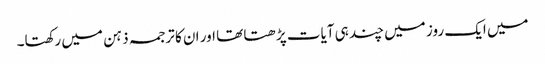
میں ایک روز میں چند ہی آیات پڑھتا تھا اور ان کا ترجمہ ذہن میں رکھتا۔